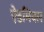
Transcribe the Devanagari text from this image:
ऐडमियल